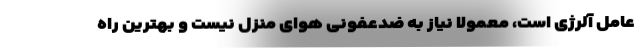
عامل آلرژی است، معمولاً نیاز به ضدعفونی هوای منزل نیست و بهترین راه